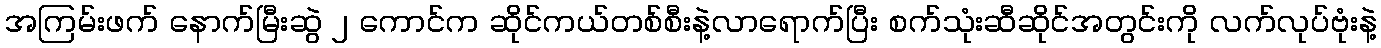
အကြမ်းဖက် နောက်မြီးဆွဲ ၂ ကောင်က ဆိုင်ကယ်တစ်စီးနဲ့လာရောက်ပြီး စက်သုံးဆီဆိုင်အတွင်းကို လက်လုပ်ဗုံးနဲ့